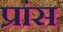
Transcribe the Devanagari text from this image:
प्रांस